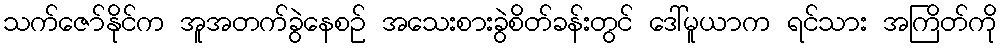
သက်ဇော်နိုင်က အူအတက်ခွဲနေစဉ် အသေးစားခွဲစိတ်ခန်းတွင် ဒေါ်မူယာက ရင်သား အကြိတ်ကို